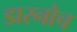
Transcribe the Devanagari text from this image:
डारनोच